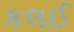
કલઈ